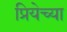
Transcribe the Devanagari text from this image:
प्रियेच्या